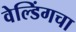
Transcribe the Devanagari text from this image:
वेल्डिंगचा